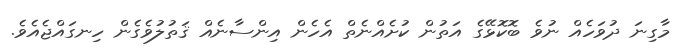
މާގިނަ ދުވަހެއް ނުވެ ބޮކޮޅޭގެ އަތުން ކުށެއްނެތް އެހެން އިންސާނެއް ޤަތުލުވެގެން ހިނގައްޖެއެވެ.